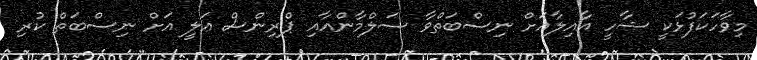
މިވާހަކަފުޅަކީ ޝާހީ އާއިލާއަށް ނިސްބަތްވާ ސަލްމާންއާއި ޕްރިންސް ޢަލީ އަށް ނިސްބަތް ކުރި